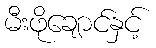
မီးဖိုချောင်နှင့်